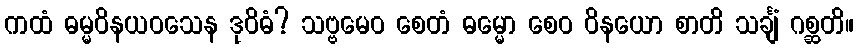
ကထံ ဓမ္မဝိနယဝသေန ဒုဝိဓံ? သဗ္ဗမေဝ စေတံ ဓမ္မော စေဝ ဝိနယော စာတိ သင်္ချံ ဂစ္ဆတိ။